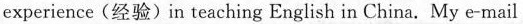
experience(经验)in teaching English in China. My e-mail